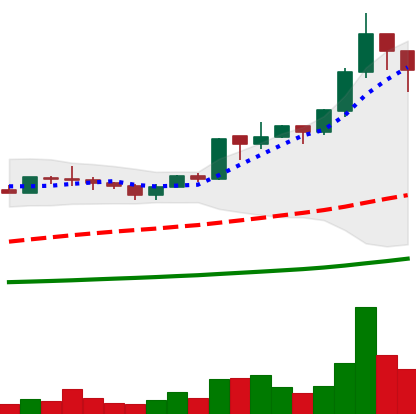
Ticker: ADA-USD
Chart end date: 2020-07-10
Forward return: 10.187%
Label: up_7plus